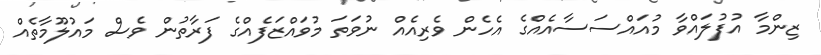
ޒިންމާ އުފުލައްވާ މުއައްސަސާއެއްގެ އެހެން ވެރިއެއް ނުވަތަ މުވައްޒަފެއްގެ ފަރާތުން ވެސް މައުލޫމާތެއް